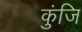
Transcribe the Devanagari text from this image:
कुंजि